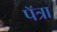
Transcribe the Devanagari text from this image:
पॅत्रा